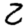
Digit: 2